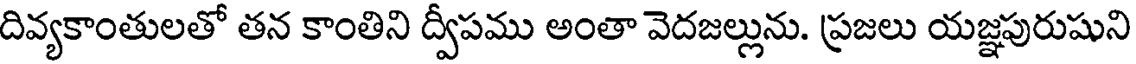
దివ్యకాంతులతో తన కాంతిని ద్వీపము అంతా వెదజల్లును. ప్రజలు యజ్ఞపురుషుని